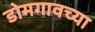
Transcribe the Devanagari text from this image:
डोमगावच्या